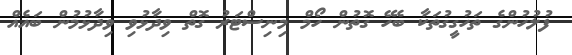
ފުލުހުންގެ ތަހުގީގުތަކާ ބެހޭ ގޮތުން ހޯމް މިނިސްޓަރު ގޮތް ވިދާޅުވި ވިދާޅުމުން ބައެއް